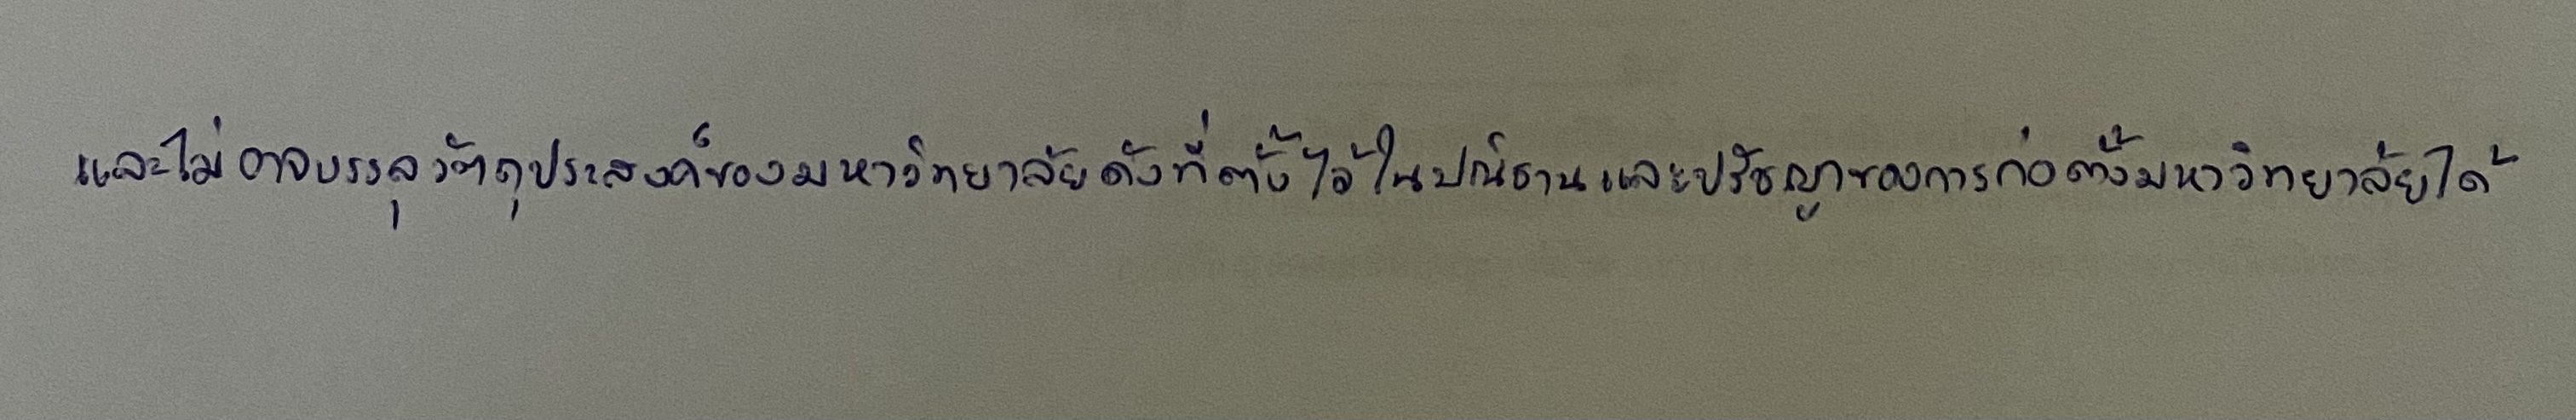
และไม่อาจบรรลุวัตถุประสงค์ของมหาวิทยาลัยดังที่ตั้งไว้ในปณิธานและปรัชญาของการก่อตั้งมหาวิทยาลัยได้